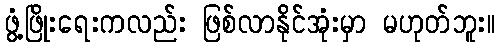
ဖွံ့ဖြိုးရေးကလည်း ဖြစ်လာနိုင်အုံးမှာ မဟုတ်ဘူး။